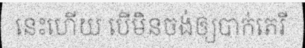
នេះហើយ បើមិនចង់ឲ្យបាក់តេរី